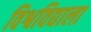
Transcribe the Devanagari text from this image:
विश्वविद्याला